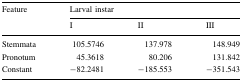
| <ROWSPAN=2> Feature | <COLSPAN=3> Larval instar |
 | I | II | III |
 | --- | --- | --- | --- |
 | Stemmata | 105.5746 | 137.978 | 148.949 |
 | Pronotum | 45.3618 | 80.206 | 131.842 |
 | Constant | −82.2481 | −185.553 | −351.543 |